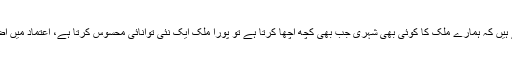
ہم جانتے ہیں کہ ہمارے ملک کا کوئی بھی شہری جب بھی کچھ اچھا کرتا ہے تو پورا ملک ایک نئی توانائی محسوس کرتا ہے، اعتماد میں اضافہ ہے۔